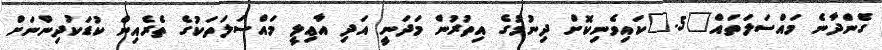
ގެންދާނެ މައްސަލަތައް	5.	ކައިވެނިކޮށް ދިނުމުގެ އިތުރުން މަދަނީ އަދި އާޢިލީ މައްސަލަތަކުގެ ތެރެއިން ކުޑަކުދިންނަށް